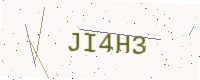
Text: JI4H3